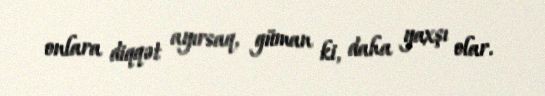
onlara diqqət ayırsaq, güman ki, daha yaxşı olar.